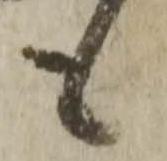
も